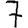
Digit: 7